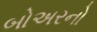
બોઅરનો